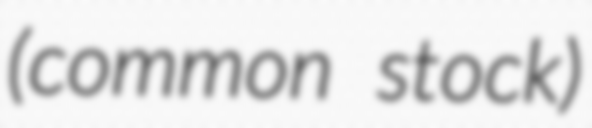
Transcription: (common stock)